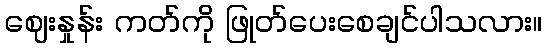
ဈေးနှုန်း ကတ်ကို ဖြုတ်ပေးစေချင်ပါသလား။